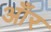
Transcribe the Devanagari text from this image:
आँर